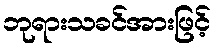
ဘုရားသခင်အားဖြင့်